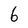
Character: 6